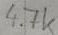
Text: 4.7k